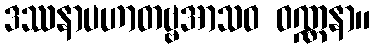
ဒဿနာပဟာတဗ္ဗအာသဝ ဝဏ္ဏနာ။